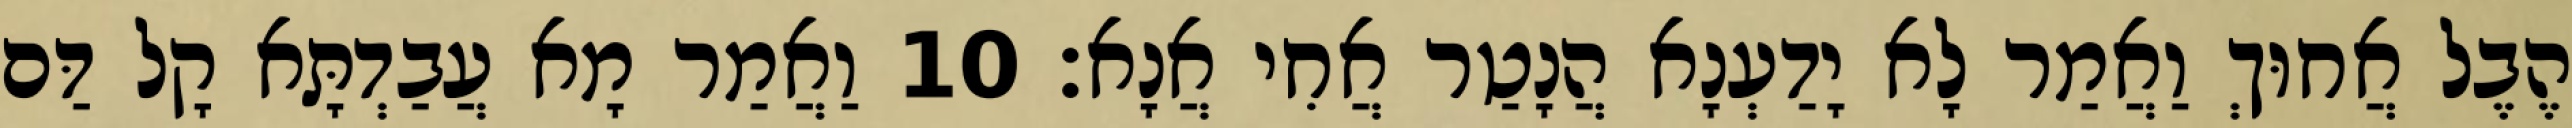
הֶבֶל אֲחוּךְ וַאֲמַר לָא יָדַעְנָא הֲנָטַר אֲחִי אֲנָא׃ 10 וַאֲמַר מָא עֲבַדְתָּא קָל דַּם